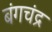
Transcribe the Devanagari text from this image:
बंगचंद्र